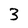
Character: 3